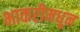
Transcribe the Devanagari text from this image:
भाकरीमधून